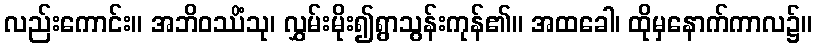
လည်းကောင်း။ အဘိဝဿိံသု၊ လွှမ်းမိုး၍ရွာသွန်းကုန်၏။ အထခေါ၊ ထိုမှနောက်ကာလ၌။